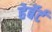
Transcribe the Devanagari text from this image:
हेर्बेर्ट